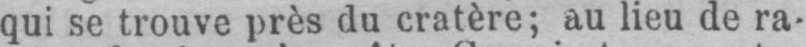
qui se trouve près du cratère; au lieu de ra-